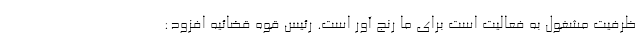
ظرفیت مشغول به فعالیت است برای ما رنج آور است. رئیس قوه قضائیه افزود: